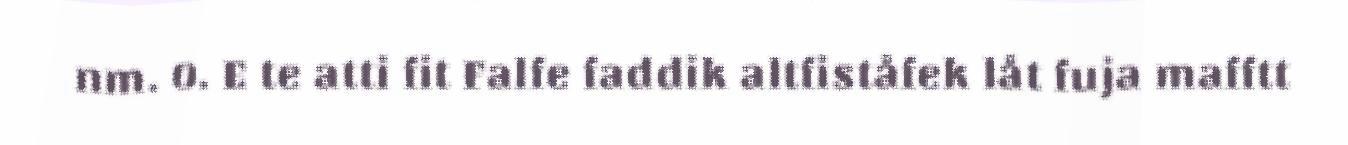
nm. 0. E te atti fit Falfe faddik altfiståfek låt fuja mafftt